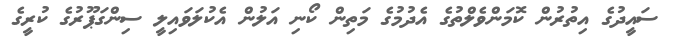
ސައީދުގެ އިތުރުން ކޮމަންވެލްތުގެ އެދުމުގެ މަތިން ކޯނި އަލުން އެކުލަވައިލީ ސިންގަޕޫރުގެ ކުރީގެ